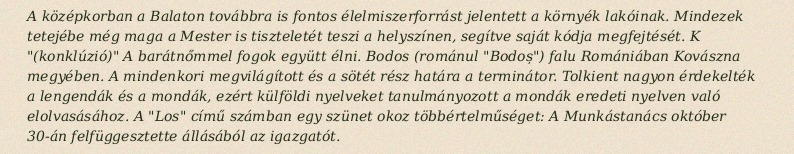
A középkorban a Balaton továbbra is fontos élelmiszerforrást jelentett a környék lakóinak. Mindezek tetejébe még maga a Mester is tiszteletét teszi a helyszínen, segítve saját kódja megfejtését. K "(konklúzió)" A barátnőmmel fogok együtt élni. Bodos (románul "Bodoș") falu Romániában Kovászna megyében. A mindenkori megvilágított és a sötét rész határa a terminátor. Tolkient nagyon érdekelték a lengendák és a mondák, ezért külföldi nyelveket tanulmányozott a mondák eredeti nyelven való elolvasásához. A "Los" című számban egy szünet okoz többértelműséget: A Munkástanács október 30-án felfüggesztette állásából az igazgatót.